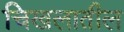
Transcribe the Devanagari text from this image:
चिखलातील